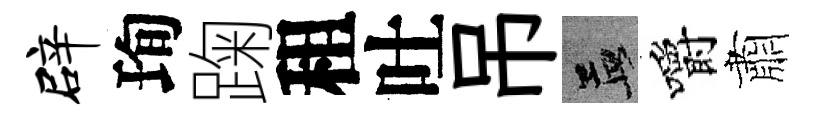
辟珣踘租吐吊孟嚼肅